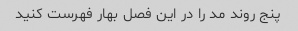
پنج روند مد را در این فصل بهار فهرست کنید